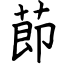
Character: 莭